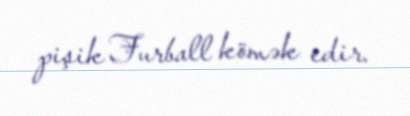
pişik Furball kömək edir.